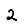
Digit: 2